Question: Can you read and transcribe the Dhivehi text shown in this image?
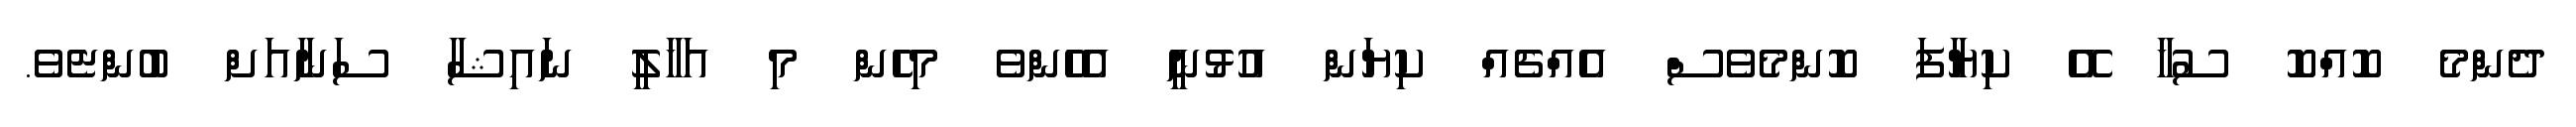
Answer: ދެންމެ ކޮއްކޮ ސުހާ އޭ ކިޔާފަ ކޮންމެވެސް އެއްޗެއް ކިޔަން އުޅުނީ އެހެންވެ މިހެން މި އަހާލީ ނައިޝާ ސަނާއަށް ބުންޏެވެ.